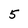
Character: 5